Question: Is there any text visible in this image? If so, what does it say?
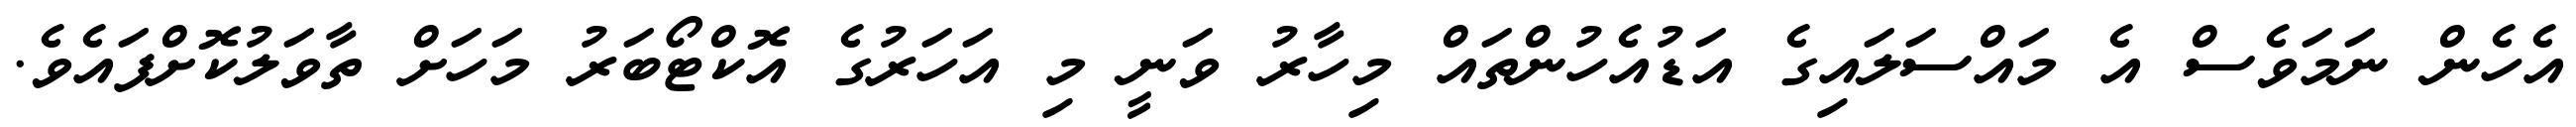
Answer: އެހެން ނަމަވެސް އެ މައްސަލައިގެ އަޑުއެހުންތައް މިހާރު ވަނީ މި އަހަރުގެ އޮކްޓޯބަރު މަހަށް ތާވަލުކޮށްފައެވެ.